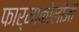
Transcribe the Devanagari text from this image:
फार्माकोलॉजी